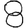
Digit: 8